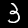
Digit: 3